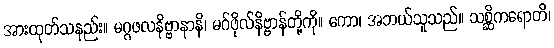
အားထုတ်သနည်း။ မဂ္ဂဖလနိဗ္ဗာနာနိ၊ မဂ်ဖိုလ်နိဗ္ဗာန်တို့ကို။ ကော၊ အဘယ်သူသည်။ သစ္ဆိကရောတိ၊